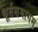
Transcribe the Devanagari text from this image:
धूर्तसमागम